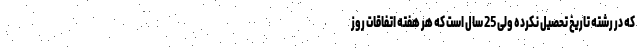
که در رشته تاریخ تحصیل نکرده ولی 25 سال است که هر هفته اتفاقات روز